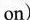
on)